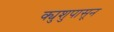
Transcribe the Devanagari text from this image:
क्युशुपासून